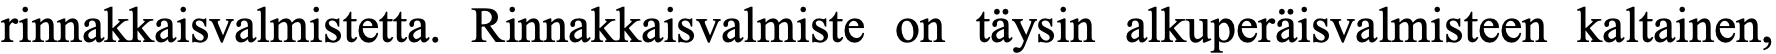
rinnakkaisvalmistetta. Rinnakkaisvalmiste on täysin alkuperäisvalmisteen kaltainen,